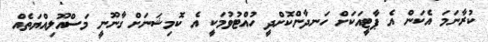
ކުރާނަމަ އެކަން އެ ޕާޓީއަކަށް ހަނދާންކޮށްދީ ހުއްޓުވުމަކީ އެ ކޮމިޝަނަށް ގާނޫނީ މަސްއޫލިއްޔަތެއް